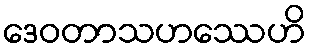
ဒေဝတာသဟဿေဟိ